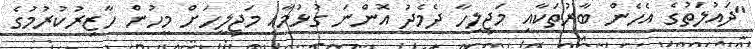
"ދައުލަތުގެ އެހެން ބާރުތަކާއި މަޖިލިހާ ދެމެދު އޮންނަ ގުޅުމާއި މަޖިލީހަށް މީހުން ހާޒިރުކުރުމުގެ